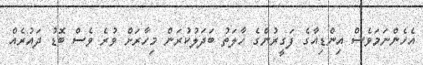
އެހެންނަމަވެސް އިންޑިއާގެ ފަގީރުންގެ ހާލަތު ބަދަލުކުރަން މިހާރަށް ވުރެ ވެސް ބޮޑު ދައުރެއް